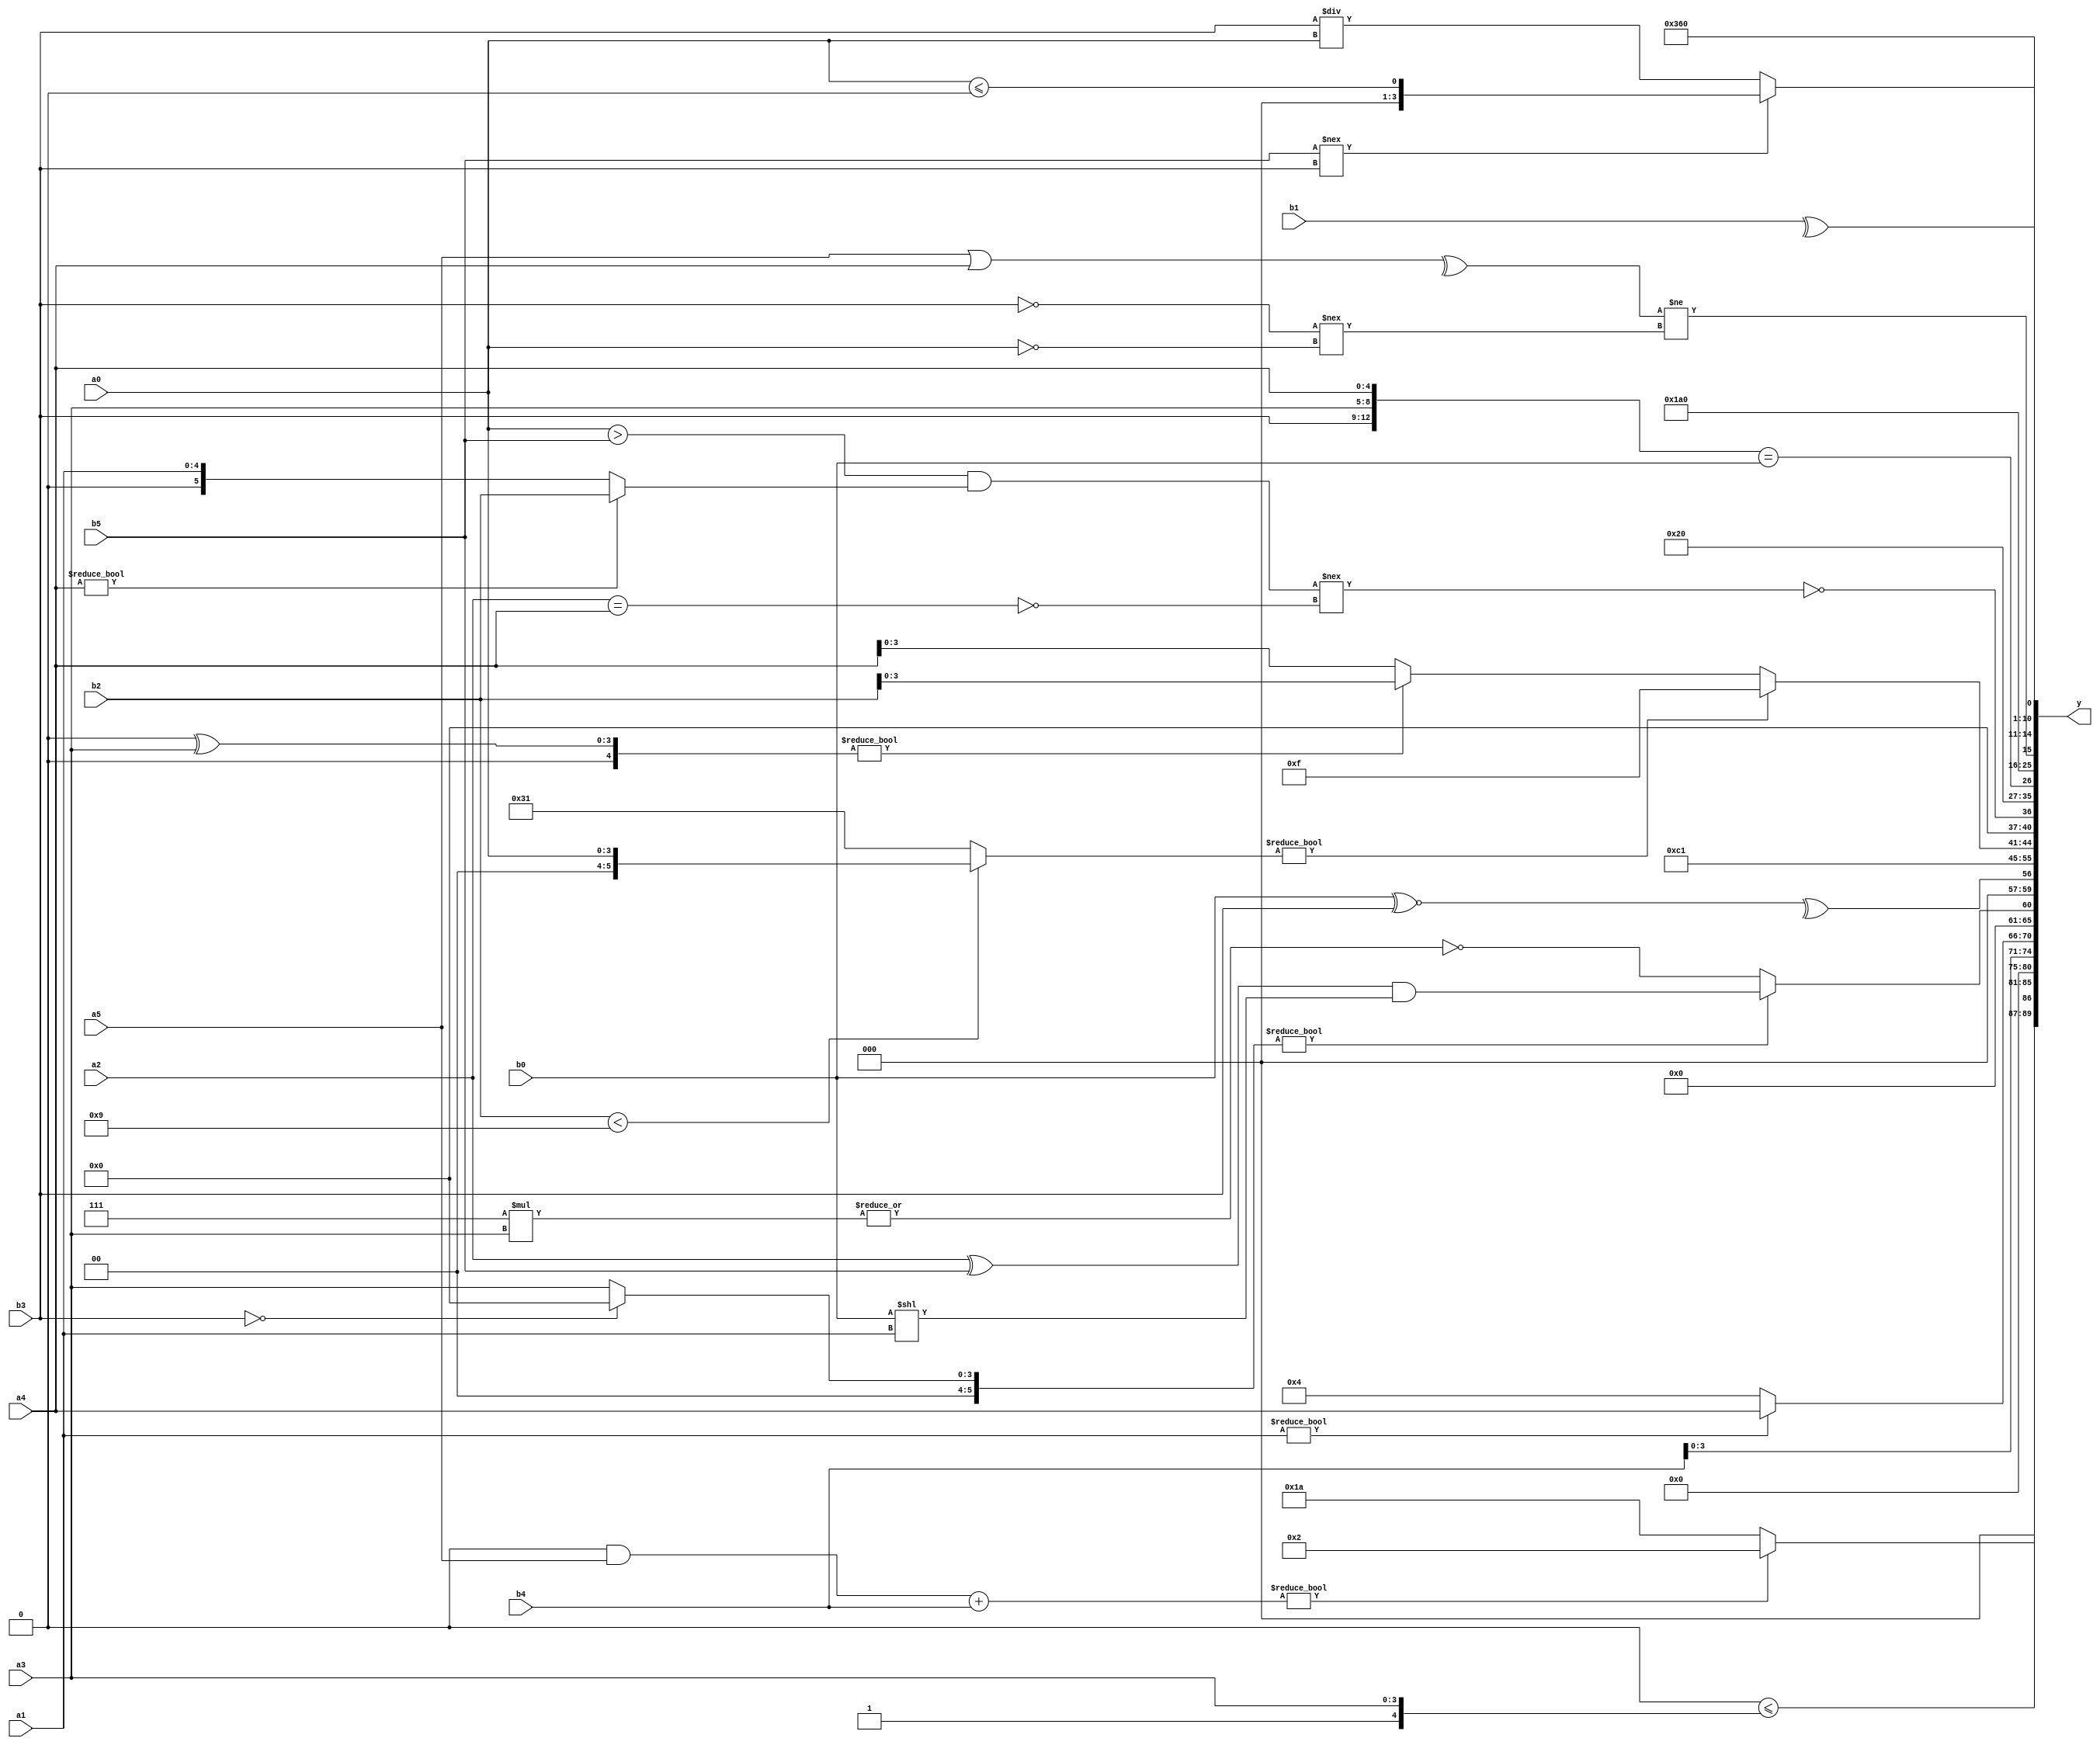
module expression_00020(a0, a1, a2, a3, a4, a5, b0, b1, b2, b3, b4, b5, y);
  input [3:0] a0;
  input [4:0] a1;
  input [5:0] a2;
  input signed [3:0] a3;
  input signed [4:0] a4;
  input signed [5:0] a5;

  input [3:0] b0;
  input [4:0] b1;
  input [5:0] b2;
  input signed [3:0] b3;
  input signed [4:0] b4;
  input signed [5:0] b5;

  wire [3:0] y0;
  wire [4:0] y1;
  wire [5:0] y2;
  wire signed [3:0] y3;
  wire signed [4:0] y4;
  wire signed [5:0] y5;
  wire [3:0] y6;
  wire [4:0] y7;
  wire [5:0] y8;
  wire signed [3:0] y9;
  wire signed [4:0] y10;
  wire signed [5:0] y11;
  wire [3:0] y12;
  wire [4:0] y13;
  wire [5:0] y14;
  wire signed [3:0] y15;
  wire signed [4:0] y16;
  wire signed [5:0] y17;

  output [89:0] y;
  assign y = {y0,y1,y2,y3,y4,y5,y6,y7,y8,y9,y10,y11,y12,y13,y14,y15,y16,y17};

  localparam [3:0] p0 = {1{(~|{3{(5'sd10)}})}};
  localparam [4:0] p1 = ({3{(4'd7)}}?{2{(5'd26)}}:((3'd4)?(4'd10):(4'd13)));
  localparam [5:0] p2 = ((((2'd0)?(2'd3):(3'd4))||((5'd20)?(5'd27):(3'd3)))?(((5'sd5)?(2'd0):(3'd4))+((5'sd5)?(5'sd9):(-3'sd1))):((-5'sd4)?(4'sd1):(5'd28)));
  localparam signed [3:0] p3 = (((2'd0)|(3'sd3))<<<(4'd2 * (5'd31)));
  localparam signed [4:0] p4 = (~(-3'sd3));
  localparam signed [5:0] p5 = ((+((-5'sd9)?(2'sd0):(5'd5)))?((^(3'sd3))?(^(5'd29)):((-4'sd0)?(5'sd9):(4'sd1))):(~|(^((-2'sd1)?(5'sd13):(5'sd15)))));
  localparam [3:0] p6 = (~&(~^{(^{(~^({(4'd11),(3'sd3),(4'sd1)}>(|(&(2'd2)))))})}));
  localparam [4:0] p7 = (((2'd1)?(5'sd12):(5'd23))?((-5'sd12)-(4'd13)):((2'd3)==(3'd7)));
  localparam [5:0] p8 = (-(~|(|(~(({4{(5'd10)}}<<{1{(4'd3)}})+(|{(-5'sd6),(-2'sd1),(-5'sd8)}))))));
  localparam signed [3:0] p9 = (~{({{(-3'sd0),(4'd11),(4'd11)}}<{(3'd0),(5'd4),(3'd2)}),(((2'sd1)^(5'd3))&&{(3'sd0),(5'sd13),(3'sd3)})});
  localparam signed [4:0] p10 = (~^(!(&{3{{1{(5'd18)}}}})));
  localparam signed [5:0] p11 = ((|{(&(2'd3))})>>>{(~&(4'sd1)),(!(-2'sd1))});
  localparam [3:0] p12 = (((3'd1)?(2'sd0):(-4'sd6))>>((4'd1)?(3'sd0):(2'd1)));
  localparam [4:0] p13 = ((-4'sd6)===(2'd2));
  localparam [5:0] p14 = (4'd10);
  localparam signed [3:0] p15 = {(!((-3'sd1)?(5'd2):(5'sd11))),((3'sd0)?(5'd10):(2'sd0)),((3'd0)?(4'd1):(-3'sd3))};
  localparam signed [4:0] p16 = (|((-2'sd0)>(-3'sd2)));
  localparam signed [5:0] p17 = {((-3'sd0)?(2'd2):(4'sd0))};

  assign y0 = {1{{(-4'sd3),({p15,a1,p16}-{1{p2}}),({p6}<={p16,a3})}}};
  assign y1 = (((p8&a5)+(+b4))?{4{p4}}:(p12?a0:p1));
  assign y2 = ((!(5'd15)));
  assign y3 = {4{{1{{p17,b4}}}}};
  assign y4 = {(3'd0),({a1}?{b3,a4}:(5'sd4))};
  assign y5 = (((!b3)?(p1?p10:b5):(p13?a0:a3))?((a2^b5)&&(b0<<a1)):(~&(|(p7*a3))));
  assign y6 = (~&((~&(b5>>p16))^(^(b0^~b3))));
  assign y7 = ($signed($signed((3'd3))));
  assign y8 = (~($signed($signed(((~|p16)?(p16?p8:p10):(p0?p7:p8))))^~((((p6?p15:p14)?$unsigned(p16):(-p7))))));
  assign y9 = (((b2<p2)?{1{a0}}:(p17^~p9))?{4{(p1!=p7)}}:((p13^a3)?(p6?b3:b2):(p6?p14:a4)));
  assign y10 = (|(~(((a0>b5)&(a4?b2:a1))!==(~^(a2==a4)))));
  assign y11 = (5'd4);
  assign y12 = ({b3,a3,a4}=={b0});
  assign y13 = (4'd13);
  assign y14 = (^(^(+(|(&((^(+(a5|a4)))!=((~b3)!==(~a0))))))));
  assign y15 = ((b5!==b3)?(a0<=p17):(b3/a0));
  assign y16 = ((({4{p11}}==((-2'sd0))))?{4{(3'sd3)}}:($unsigned((b0!==a0))^~(4'sd2)));
  assign y17 = (^b1);
endmodule